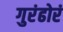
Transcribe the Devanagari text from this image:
गुरंढोरं